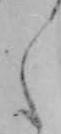
え